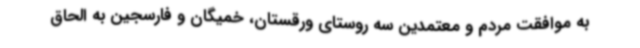
به موافقت مردم و معتمدین سه روستای ورقستان، خمیگان و فارسجین به الحاق